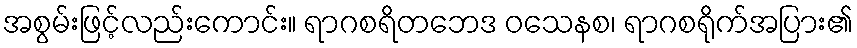
အစွမ်းဖြင့်လည်းကောင်း။ ရာဂစရိတဘေဒ ဝသေနစ၊ ရာဂစရိုက်အပြား၏